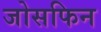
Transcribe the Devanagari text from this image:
जोसफिन